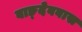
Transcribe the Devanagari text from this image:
वाङ्देववास